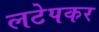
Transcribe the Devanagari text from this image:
लटेपकर